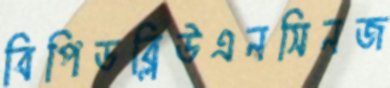
বিপিডব্লিউএনসিনজ